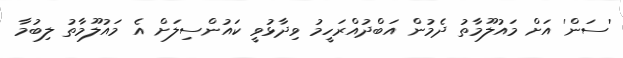
'ސަން' އަށް މައުލޫމާތު ދެމުން އަބްދުއްރަހީމު ވިދާޅުވީ ކައުންސިލަށް އެ މައުލޫމާތު ލިބުމާ